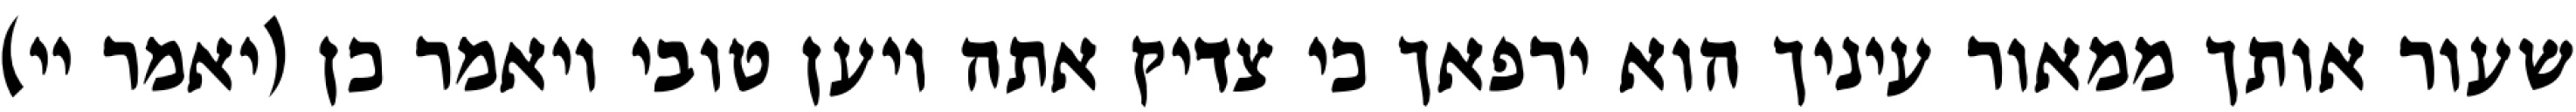
שעור אותך ממאור עיניך הוא ירפאך כי צדיק אתה ויען טובי ויאמר כן (יאמר יי)